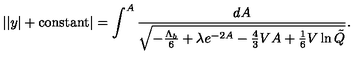
| | y | + \mathrm { c o n s t a n t } | = \int ^ { A } \frac { d A } { \sqrt { - \frac { \Lambda _ { b } } { 6 } + \lambda e ^ { - 2 A } - \frac 4 3 V A + \frac 1 6 V \ln \tilde { Q } } } .